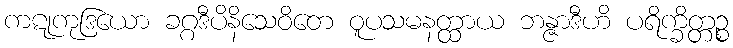
ကဋုကုဒြယော ခဂ္ဂဒီပိနိသေဝိတေ ဝူပသမနတ္ထာယ ဘန္ဇာဒီဟိ ပရိက္ခိတ္တဉ္စ